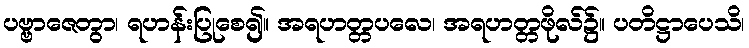
ပဗ္ဗာဇေတွာ၊ ရဟန်းပြုစေ၍။ အရဟတ္တပလေ၊ အရဟတ္တဖိုလ်၌။ ပတိဋ္ဌာပေသိ၊